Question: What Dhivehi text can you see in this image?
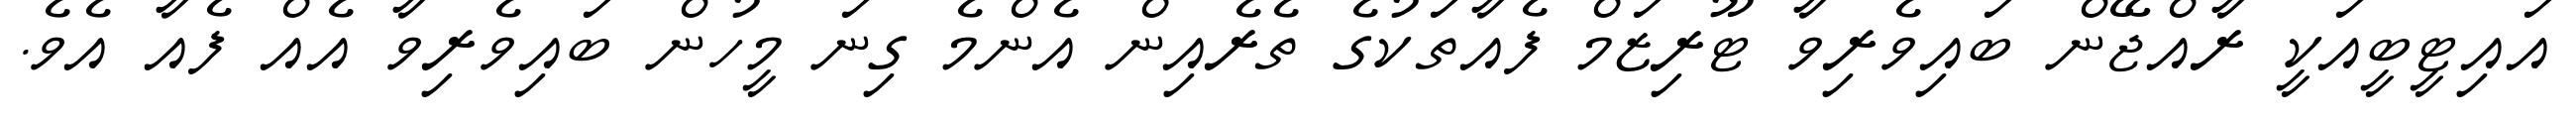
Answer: އައިޓީބީއަކީ ރާއްޖޭން ބައިވެރިވާ ޓޫރިޒަމް ފެއާތަކުގެ ތެރެއިން އެންމެ ގިނަ މީހުން ބައިވެރިވާ އެއް ފެއާ އެވެ.